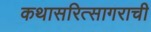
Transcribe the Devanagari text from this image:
कथासरित्सागराची